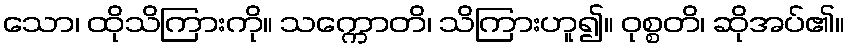
သော၊ ထိုသိကြားကို။ သက္ကောတိ၊ သိကြားဟူ၍။ ဝုစ္စတိ၊ ဆိုအပ်၏။